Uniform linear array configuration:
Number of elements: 64
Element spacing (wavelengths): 0.75
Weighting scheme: exponential
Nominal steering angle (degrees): -45
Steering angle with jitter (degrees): -46.523
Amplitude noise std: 0.05
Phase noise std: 0.05

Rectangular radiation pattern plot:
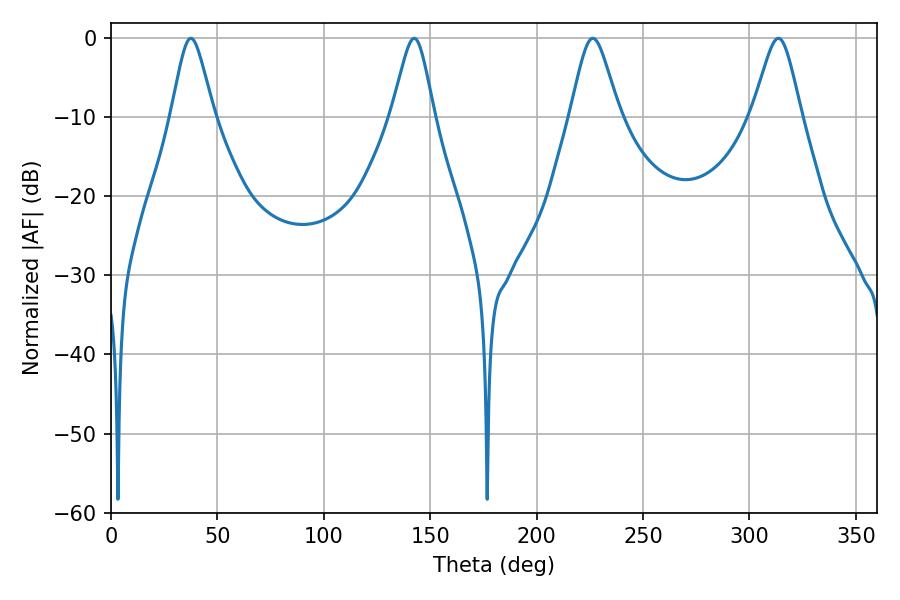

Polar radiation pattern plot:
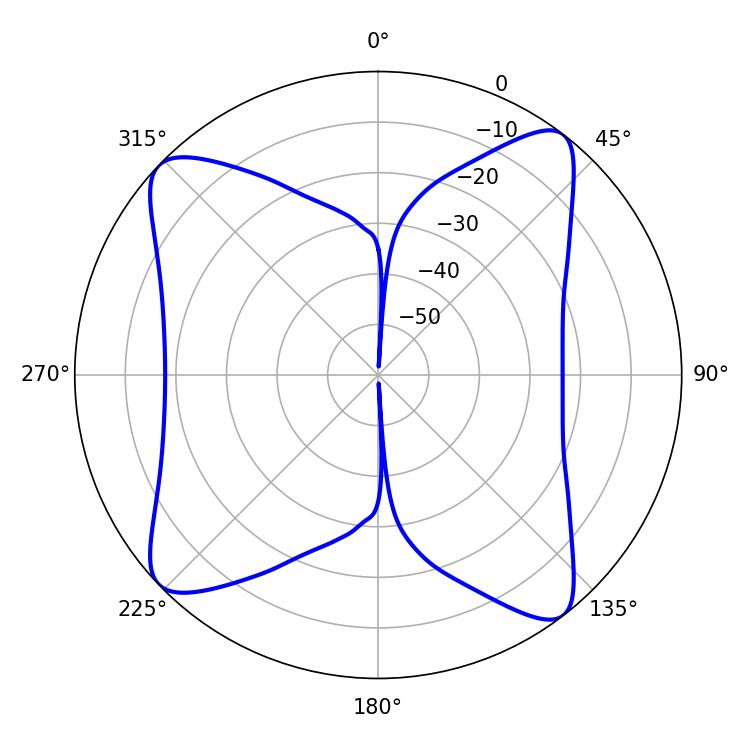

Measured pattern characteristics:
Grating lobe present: TRUE
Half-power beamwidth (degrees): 11.16
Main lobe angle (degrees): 313.56